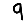
Digit: 9